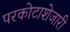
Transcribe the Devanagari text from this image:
परकोटाशेजारी